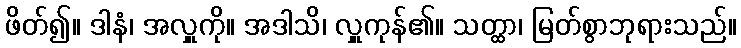
ဖိတ်၍။ ဒါနံ၊ အလှူကို။ အဒါသိ၊ လှူကုန်၏။ သတ္ထာ၊ မြတ်စွာဘုရားသည်။